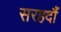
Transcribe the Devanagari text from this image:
सरहदौं